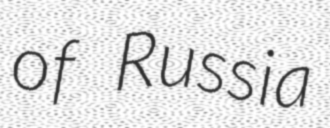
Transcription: of Russia